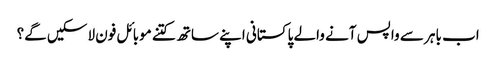
اب باہر سے واپس آنے والے پاکستانی اپنے ساتھ کتنے موبائل فون لاسکیں گے؟